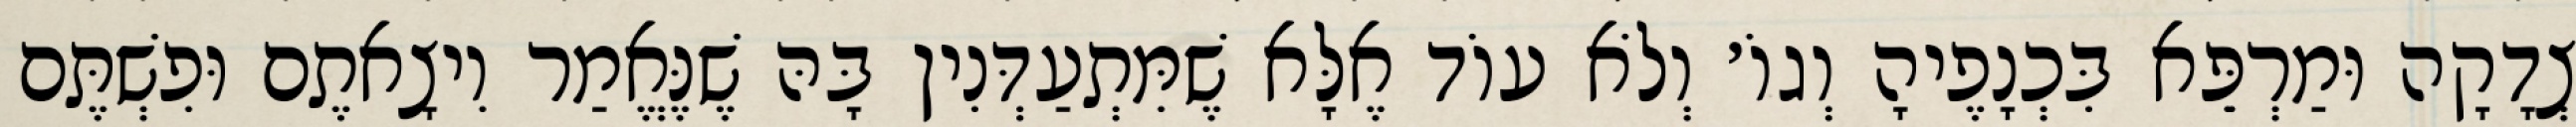
צְדָקָה וּמַרְפֵּא בִּכְנָפֶיהָ וְגוֹ׳ וְלֹא עוֹד אֶלָּא שֶׁמִּתְעַדְּנִין בָּהּ שֶׁנֶּאֱמַר וִיצָאתֶם וּפִשְׁתֶּם